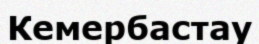
Кемербастау